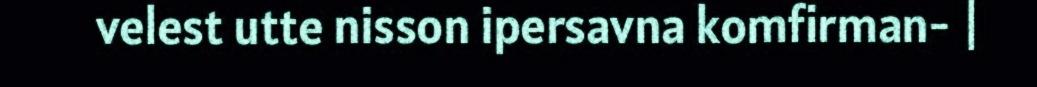
velest utte nisson ipersavna komfirman- |